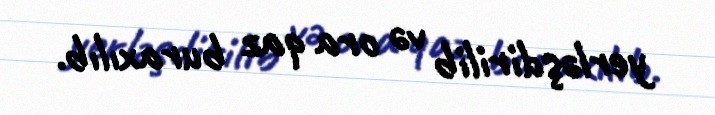
yerləşdirilib və ora qaz buraxılıb.